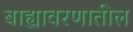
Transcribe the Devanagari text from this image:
बाह्यावरणातील